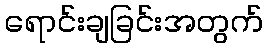
ရောင်းချခြင်းအတွက်